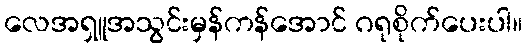
လေအရှူအသွင်းမှန်ကန်အောင် ဂရုစိုက်ပေးပါ။